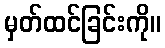
မှတ်ထင်ခြင်းကို။